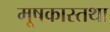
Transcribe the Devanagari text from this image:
मूषकास्तथा